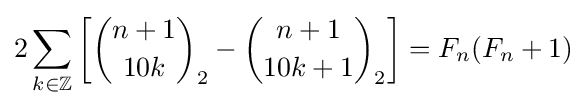
2\sum _{k\in \mathbb {Z} }\left[{n+1 \choose 10k}_{2}-{n+1 \choose 10k+1}_{2}\right]=F_{n}(F_{n}+1)